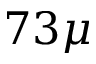
7 3 \mu